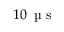
1 0 \, \mathrm { ~ \textmu ~ s ~ }